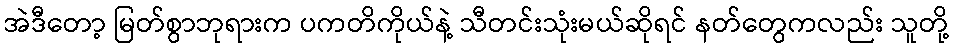
အဲဒီတော့ မြတ်စွာဘုရားက ပကတိကိုယ်နဲ့ သီတင်းသုံးမယ်ဆိုရင် နတ်တွေကလည်း သူတို့